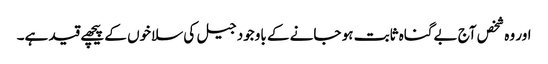
اور وہ شخص آج بےگناہ ثابت ہو جانے کے باوجود جیل کی سلاخوں کے پیچھے قید ہے۔